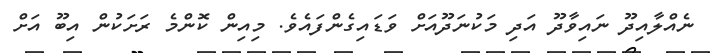
ނެއްލާއިދޫ ނައިވާދޫ އަދި މަކުނަދޫއަށް ވަޑައިގެންފައެވެ. މިއިން ކޮންމެ ރަށަކުން އިބޫ އަށް